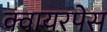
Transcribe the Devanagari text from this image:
क्वायरपेस